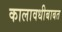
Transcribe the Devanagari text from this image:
कालावधीबाबत